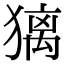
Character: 𤡢